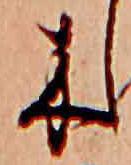
木